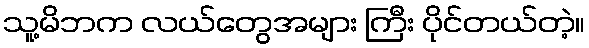
သူ့မိဘက လယ်တွေအများ ကြီး ပိုင်တယ်တဲ့။